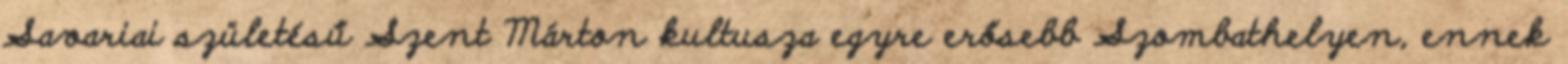
Savariai születésű Szent Márton kultusza egyre erősebb Szombathelyen, ennek